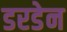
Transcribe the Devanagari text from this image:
डरडेन